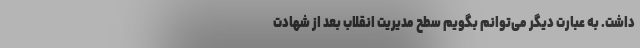
داشت. به عبارت دیگر می‌توانم بگویم سطح مدیریت انقلاب بعد از شهادت